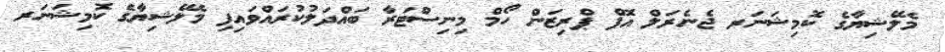
މެލޭޝިޔާގެ ކޮމިޝަނަރ ޖެނެރަލް އޮފް ޕްރިޒަން ހޯމް މިނިސްޓަރާ ބައްދަލުކުރައްވައިފި މެލޭޝިޔާގެ ކޮމިޝަނަރ